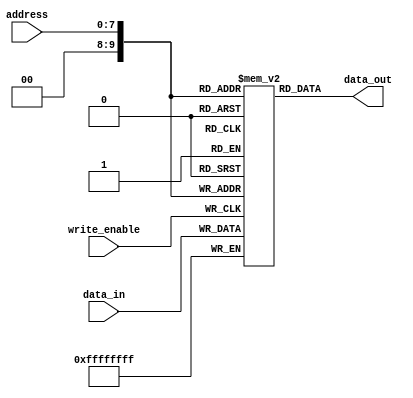
module memory_block(
    input wire [31:0] data_in,
    input wire [7:0] address,
    input wire write_enable,
    output reg [31:0] data_out
);

// Memory Block Parameters
parameter MEM_SIZE = 1024; // Size of the memory block in bytes
parameter MEM_WIDTH = 32; // Data width of the memory block
parameter ADDR_WIDTH = 8; // Address width of the memory block

// Memory Array
reg [MEM_WIDTH-1:0] memory [0:MEM_SIZE-1];

// Memory Controller - Read/Write Operations
always @ (posedge write_enable)
begin
    if(write_enable)
        memory[address] <= data_in;
end

always @(address)
begin
    data_out <= memory[address];
end

endmodule